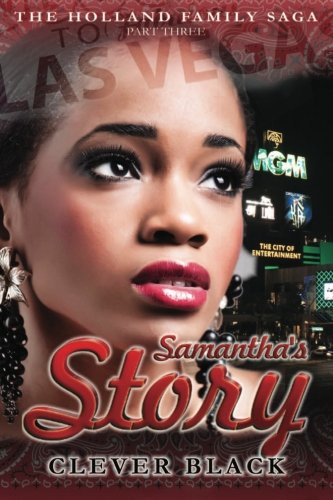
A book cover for The Holland Family Saga Part Three: Samantha's Story; Clever Black; Literature & Fiction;